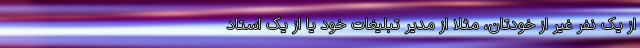
از یک نفر غیر از خودتان، مثلا از مدیر تبلیغات خود یا از یک استاد